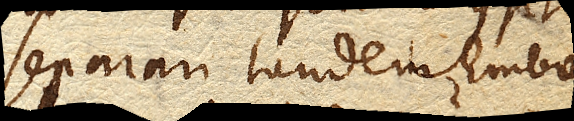
separari tandem Embo–